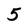
Character: 5